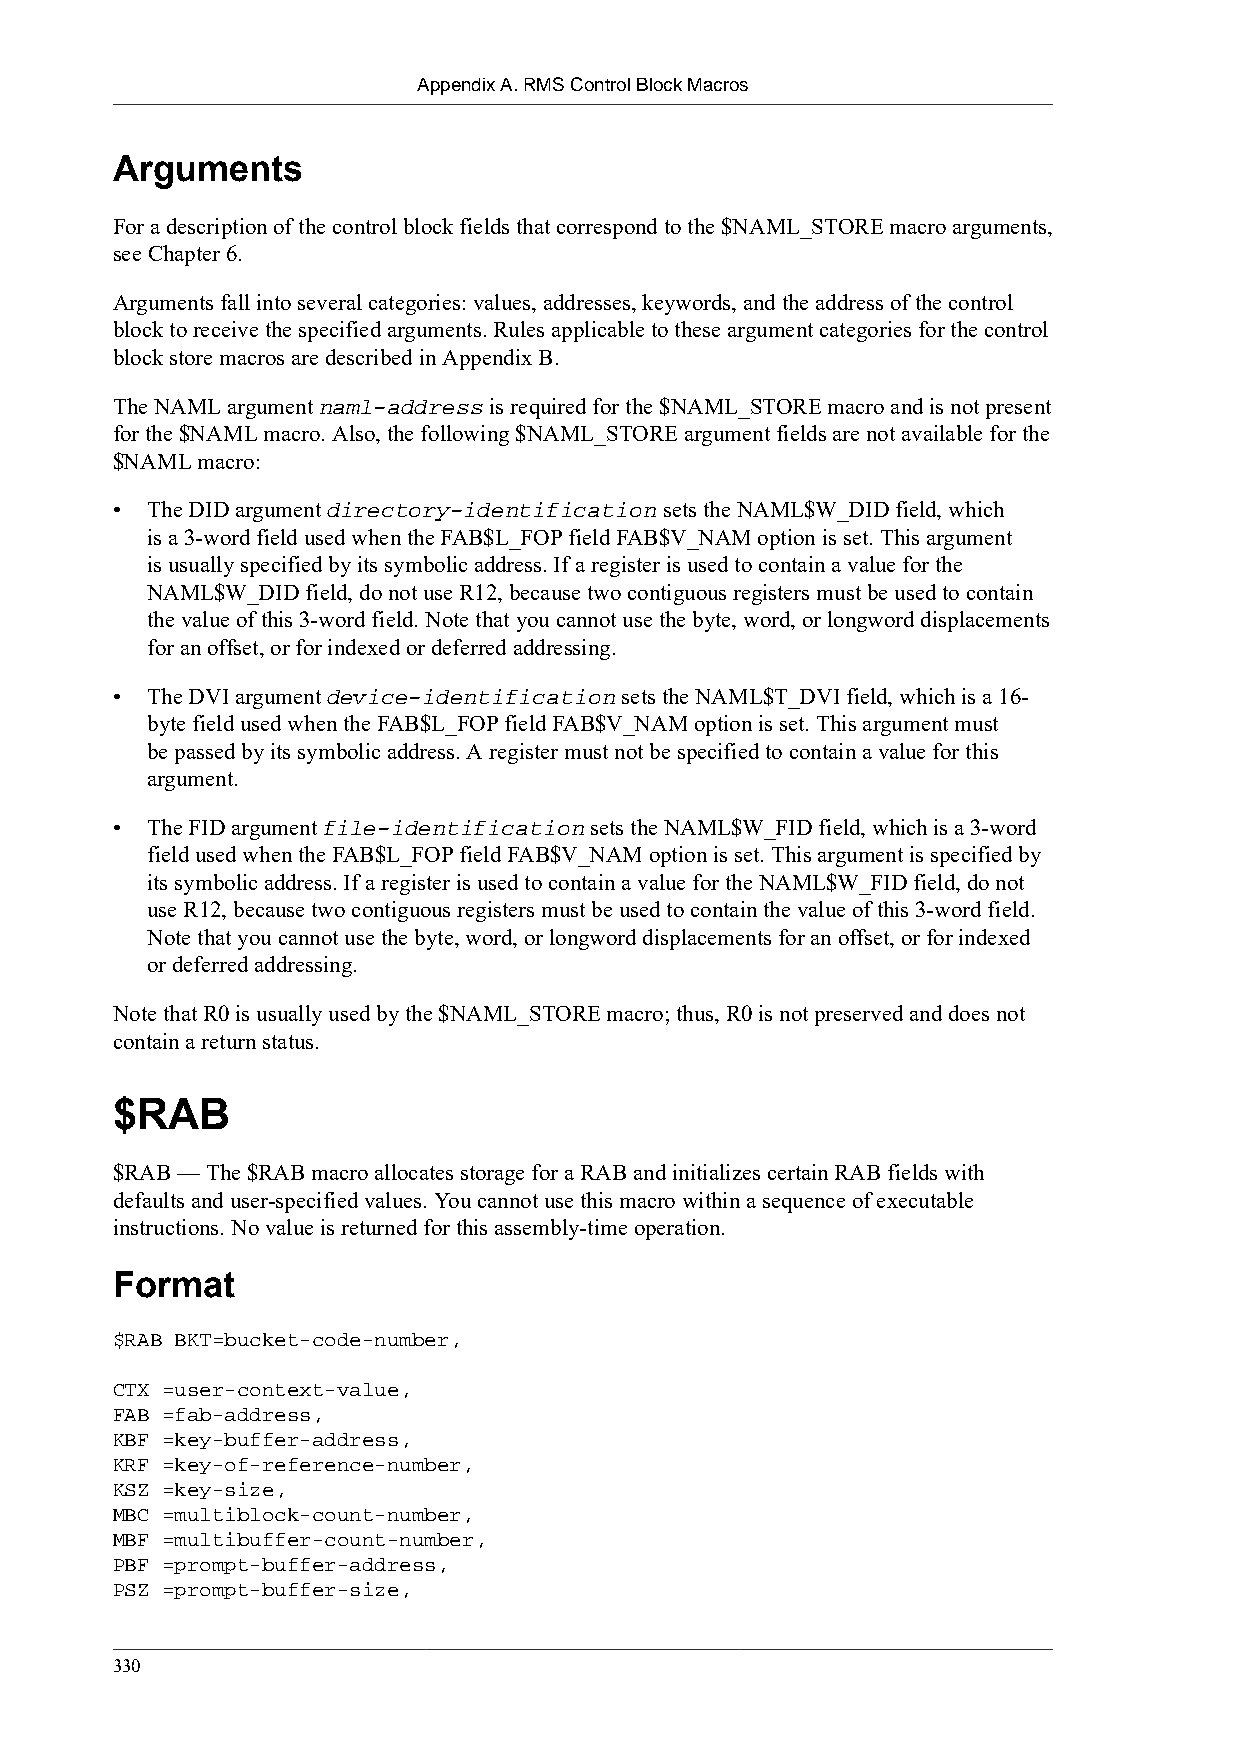
Appendix A. RMS Control Block Macros
 Arguments
 For a description of the control block fields that correspond to the $NAML_STORE macro arguments,
 see Chapter 6.
 Arguments fall into several categories: values, addresses, keywords, and the address of the control
 block to receive the specified arguments. Rules applicable to these argument categories for the control
 block store macros are described in Appendix B.
 The NAML argument naml-address is required for the $NAML_STORE macro and is not present
 for the $NAML macro. Also, the following $NAML_STORE argument fields are not available for the
 $NAML macro:
 •  The DID argument directory-identification sets the NAML$W_DID field, which
 is a 3-word field used when the FAB$L_FOP field FAB$V_NAM option is set. This argument
 is usually specified by its symbolic address. If a register is used to contain a value for the
 NAML$W_DID field, do not use R12, because two contiguous registers must be used to contain
 the value of this 3-word field. Note that you cannot use the byte, word, or longword displacements
 for an offset, or for indexed or deferred addressing.
 •  The DVI argument device-identification sets the NAML$T_DVI field, which is a 16-
 byte field used when the FAB$L_FOP field FAB$V_NAM option is set. This argument must
 be passed by its symbolic address. A register must not be specified to contain a value for this
 argument.
 •  The FID argument file-identification sets the NAML$W_FID field, which is a 3-word
 field used when the FAB$L_FOP field FAB$V_NAM option is set. This argument is specified by
 its symbolic address. If a register is used to contain a value for the NAML$W_FID field, do not
 use R12, because two contiguous registers must be used to contain the value of this 3-word field.
 Note that you cannot use the byte, word, or longword displacements for an offset, or for indexed
 or deferred addressing.
 Note that R0 is usually used by the $NAML_STORE macro; thus, R0 is not preserved and does not
 contain a return status.
 $RAB
 $RAB — The $RAB macro allocates storage for a RAB and initializes certain RAB fields with
 defaults and user-specified values. You cannot use this macro within a sequence of executable
 instructions. No value is returned for this assembly-time operation.
 Format
 $RAB BKT=bucket-code-number,
 CTX =user-context-value,
 FAB =fab-address,
 KBF =key-buffer-address,
 KRF =key-of-reference-number,
 KSZ =key-size,
 MBC =multiblock-count-number,
 MBF =multibuffer-count-number,
 PBF =prompt-buffer-address,
 PSZ =prompt-buffer-size,
 330